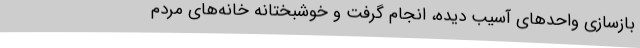
بازسازی واحدهای آسیب دیده‌، انجام‌ گرفت و خوشبختانه خانه‌های مردم